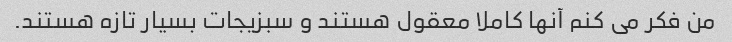
من فکر می کنم آنها کاملا معقول هستند و سبزیجات بسیار تازه هستند.